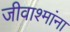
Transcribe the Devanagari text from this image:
जीवाश्मांना